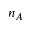
n _ { A }